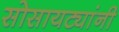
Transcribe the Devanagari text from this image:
सोसायट्यांनी